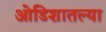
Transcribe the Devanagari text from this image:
ओडिशातल्या